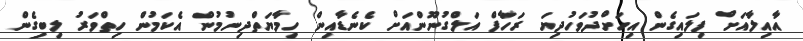
އާއިލާއަށް ފިލައިގެން އިހަށްދުވަހުދިޔަ ރަހާފް އަލްގުނޫންއަށް ކެނެޑާއިން ހިމާޔަތްދިނުމުން އެކަމުން ހިތްވަރު ލިބިގެން